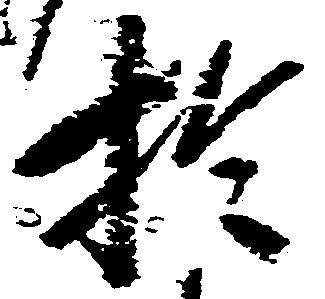
於